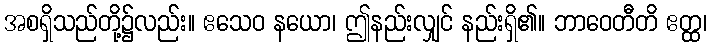
အစရှိသည်တို့၌လည်း။ ဧသေဝ နယော၊ ဤနည်းလျှင် နည်းရှိ၏။ ဘာဝေတီတိ ဧတ္ထ၊